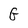
Character: G